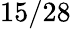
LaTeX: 15/28